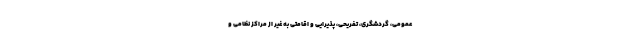
عمومی، گردشگری، تفریحی، پذیرایی و اقامتی به غیر از مراکز نظامی و